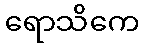
ရောသိကေ